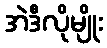
အဲဒီလိုမျိုး